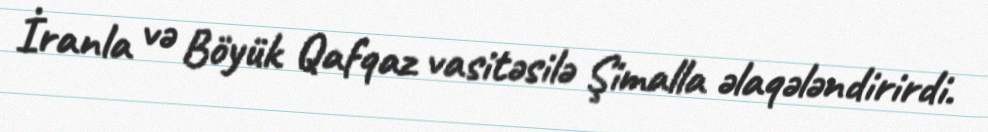
İranla və Böyük Qafqaz vasitəsilə Şimalla əlaqələndirirdi.